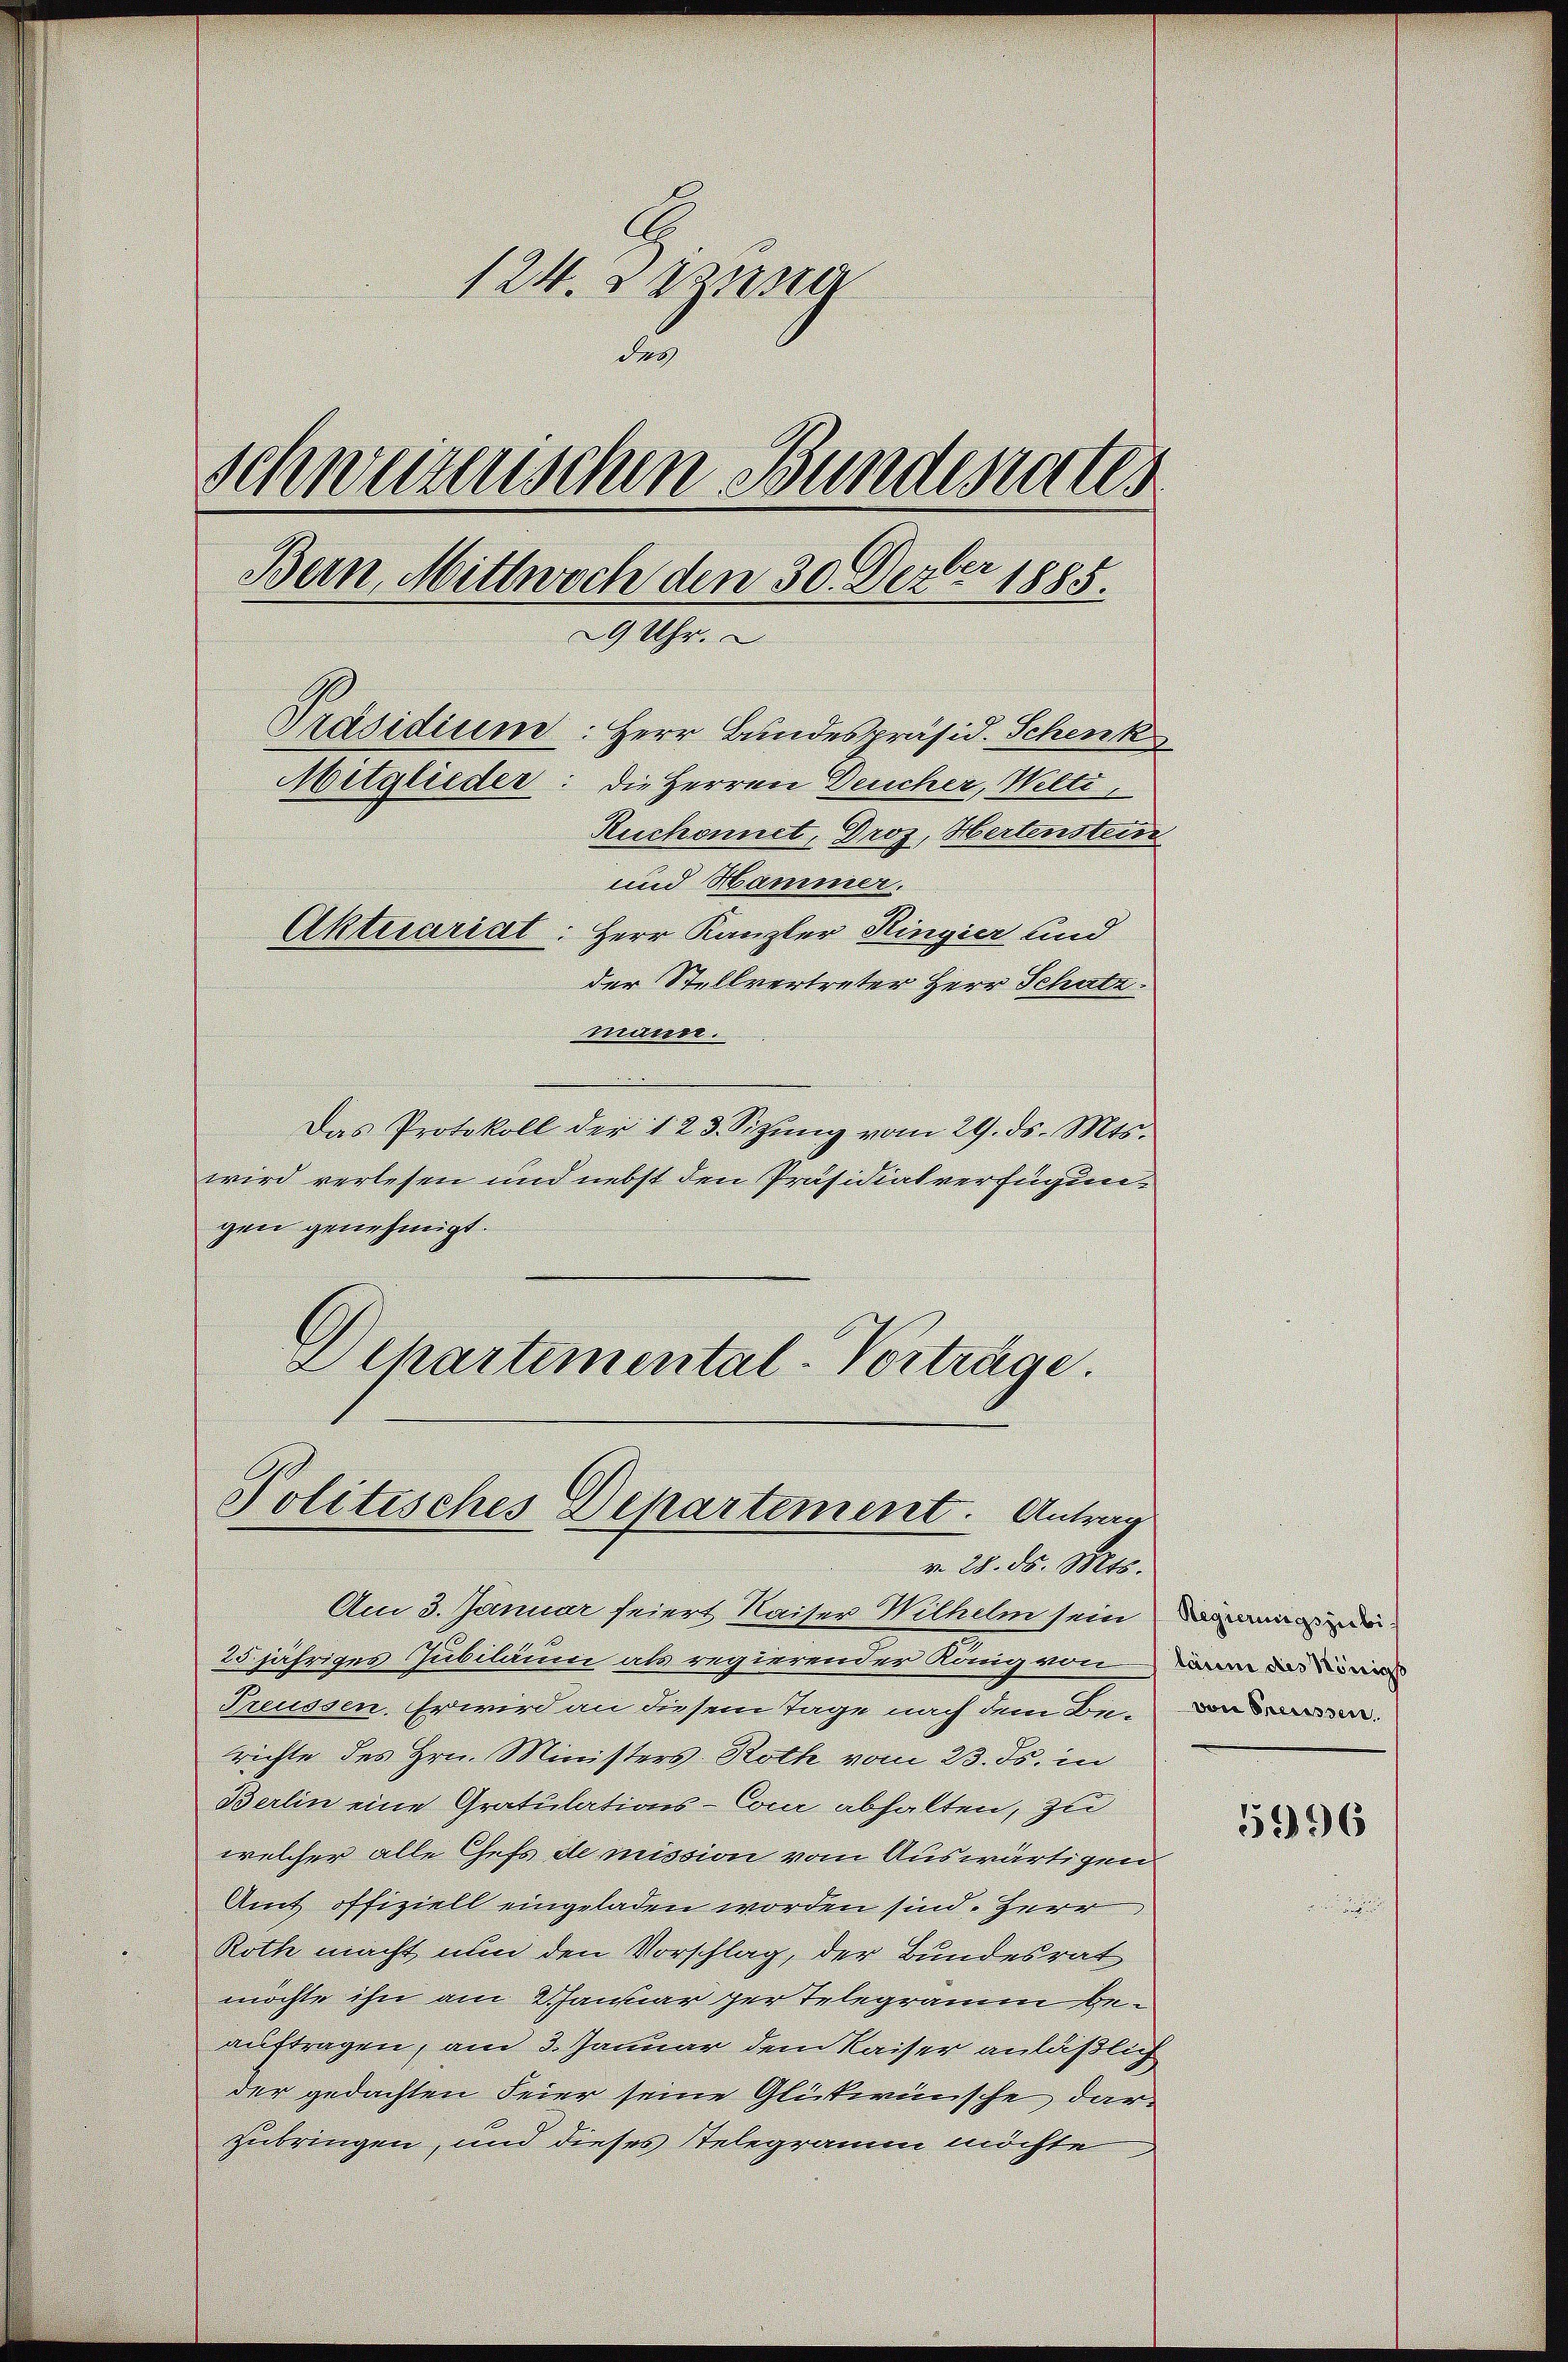
124. Sizung
des
Schweizerischen Bundesrates
ber
Bern, Mittwoch den 30. Dez. 1885.
29 Uhr.
Präsidium: Herr Bundespräsid. Schenk
oitglieder: die Herren Deucher, Welti,
Ruchonnet, Droz, Hertenstein
und Hammer.
Aktuariat: Herr Kanzler Ringier und
der Stellvertreter Herr Schutz

mann.
Das Protokoll der 123. Sizŭng vom 29. ds. Mts.
wird verlesen und nebst den Präsidialverfügungen genehmigt.
Dehartemental-Vorträge.

Politisches Departement. Antrag
v. 28. d. Mts.

zubringen, und dieses Telegramm möchte

Am 3. Januar feiert Kaiser Wilhelm sein darung de
25jähriges Jubiläum als regierender Rang von dan das Köni
Treussen. Er wird an diesem Tage nach dem Berichte des Hrn. Ministers Roth vom 23. ds. in
Berlin eine Gratulations-Cour abhalten, zu
welcher alle Chefs de mission vom Auswärtigen
Amt offiziell eingeladen worden sind. Herr
Roth macht nun den Vorschlag, der Bundesrat
möchte ihn am Chanar per Telegramm beauftragen, am 3. Januar dem Kaiser anläßlich
der gedachten Feier seine Glückwünsche dar¬

von Preissen.

5996